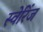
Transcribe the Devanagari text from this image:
स्वेरिंज